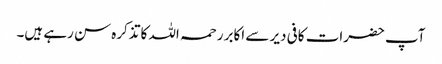
آپ حضرات کافی دیر سے اکابر رحمہ اللہ کا تذکرہ سن رہے ہیں۔